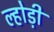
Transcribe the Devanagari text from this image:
ल्होड़ी